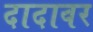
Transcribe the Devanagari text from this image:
दादावर